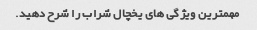
مهمترین ویژگی های یخچال شراب را شرح دهید.